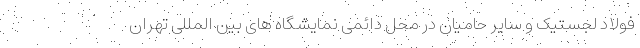
فولاد لجستیک و سایر حامیان در محل دائمی نمایشگاه های بین المللی تهران